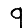
Digit: 9